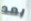
بعد